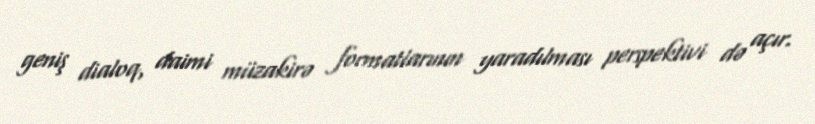
geniş dialoq, daimi müzakirə formatlarının yaradılması perspektivi də açır.